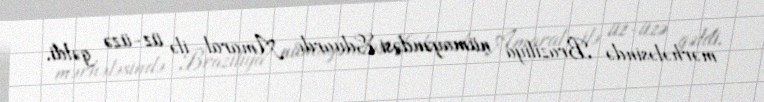
mərhələsində Braziliya nümayəndəsi Eduardo Amaral ilə üz-üzə gəldi.